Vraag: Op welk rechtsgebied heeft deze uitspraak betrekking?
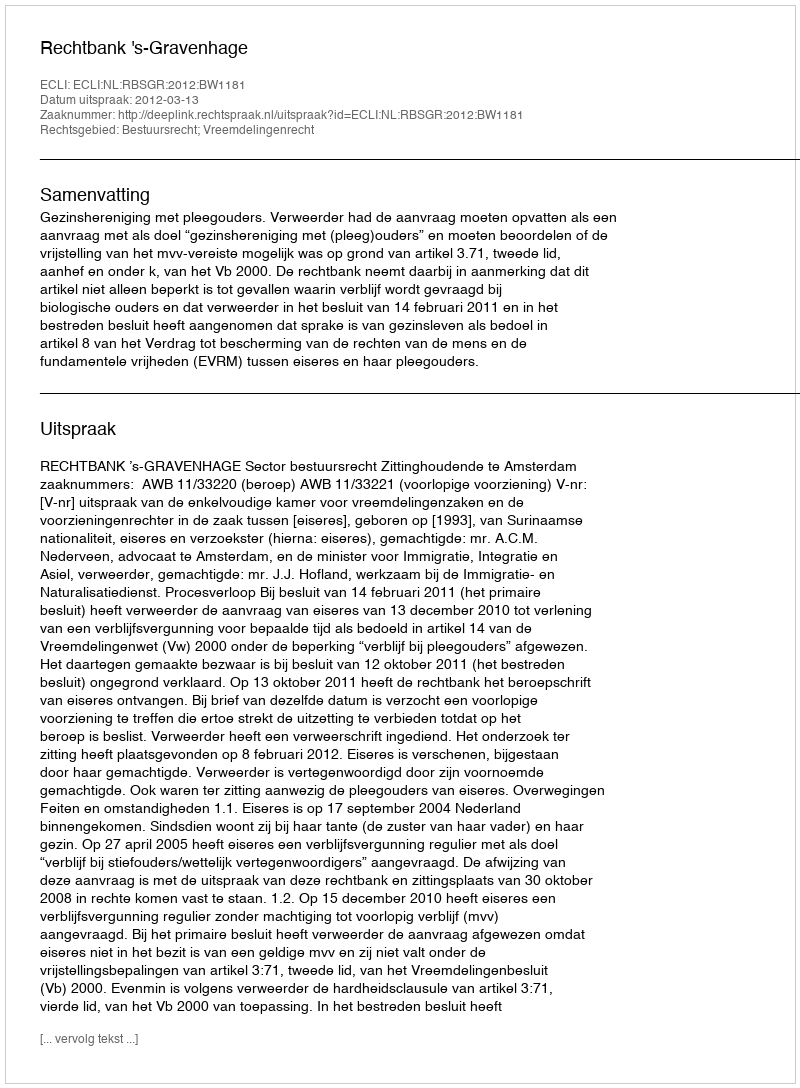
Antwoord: Bestuursrecht; Vreemdelingenrecht